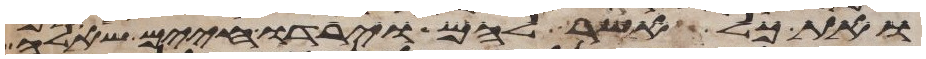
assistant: ואת כל אשר להם וירדו חיים שאלה